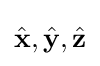
{\hat {\mathbf {x} }},{\hat {\mathbf {y} }},{\hat {\mathbf {z} }}